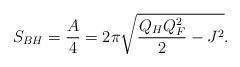
LaTeX: \begin{align*}S_{BH}={A\over 4}=2\pi\sqrt{{{Q_HQ^2_F}\over 2}-J^2}.\end{align*}